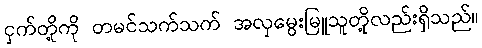
ငှက်တို့ကို တမင်သက်သက် အလှမွေးမြူသူတို့လည်းရှိသည်။